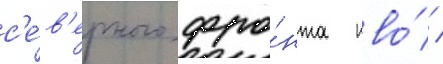
с'е́в'ерного фро́нта пво́ /